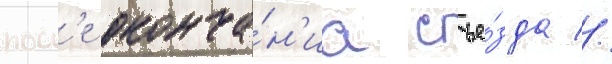
посл'е оконча́н'иа съе́зда //